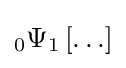
{}_{0}\Psi _{1}\left[\ldots \right]